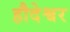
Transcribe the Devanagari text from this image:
हौदेश्वर